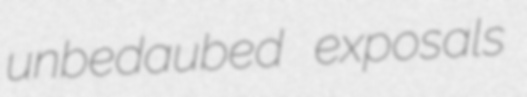
unbedaubed exposals